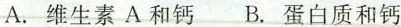
A.维生素A和钙 B.蛋白质和钙